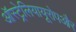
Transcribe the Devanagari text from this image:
ऑस्ट्रेलियायूरोपऔर